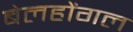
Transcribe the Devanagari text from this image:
बेलहोंगल